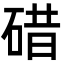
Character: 碏